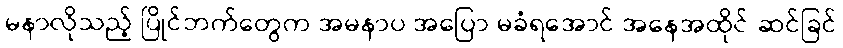
မနာလိုသည့် ပြိုင်ဘက်တွေက အမနာပ အပြော မခံရအောင် အနေအထိုင် ဆင်ခြင်